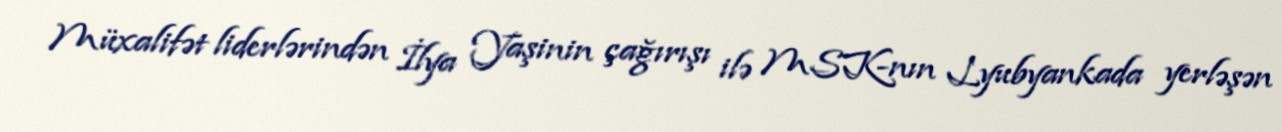
Müxalifət liderlərindən İlya Yaşinin çağırışı ilə MSK-nın Lyubyankada yerləşən